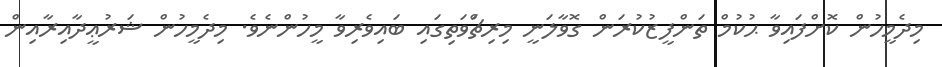
މިދެމީހުން ކޮށްފައިވާ ޙުކުމް ތަންފީޒުކުރަން ގޮވާލަނީ މިރިޗްަވަތިގައި ބައިވެރިވާ މީހުންނެވެ. މިދެމީހުން ޝަރުޢީދާއިރާއިން